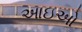
આઇઓ